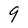
Character: 9